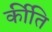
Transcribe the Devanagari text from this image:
र्कीति